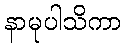
နာမုပါသိကာ